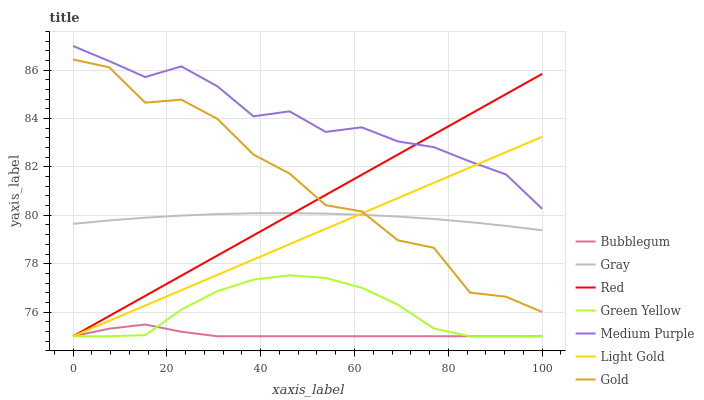
| xaxis_label | Bubblegum | Gray | Red | Green Yellow | Medium Purple | Light Gold | Gold |
 | --- | --- | --- | --- | --- | --- | --- | --- |
 | 0 | 75 | 79.6 | 75 | 75 | 87 | 75 | 86.4 |
 | 7.69 | 75.3 | 79.8 | 75.8 | 75 | 86.4 | 75.6 | 86.1 |
 | 15.4 | 75.5 | 79.9 | 76.7 | 75 | 85.7 | 76.3 | 84.7 |
 | 23.1 | 75.2 | 80 | 77.5 | 76.1 | 86.2 | 76.9 | 84.8 |
 | 30.8 | 75 | 80.1 | 78.3 | 76.9 | 85.3 | 77.5 | 84 |
 | 38.5 | 75 | 80.1 | 79.2 | 77.3 | 84.1 | 78.2 | 82.5 |
 | 46.2 | 75 | 80.1 | 80 | 77.5 | 84.3 | 78.8 | 81.7 |
 | 53.8 | 75 | 80.1 | 80.8 | 77.4 | 83.4 | 79.4 | 80.4 |
 | 61.5 | 75 | 80 | 81.7 | 77 | 83.6 | 80.1 | 80.2 |
 | 69.2 | 75 | 79.9 | 82.5 | 76.3 | 83.1 | 80.7 | 79 |
 | 76.9 | 75 | 79.8 | 83.3 | 75.3 | 82.8 | 81.3 | 78.7 |
 | 84.6 | 75 | 79.7 | 84.2 | 75 | 82.2 | 82 | 76.8 |
 | 92.3 | 75 | 79.6 | 85 | 75 | 81.7 | 82.6 | 76.6 |
 | 100 | 75 | 79.4 | 85.8 | 75 | 80.3 | 83.2 | 76 |